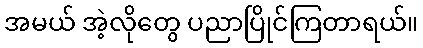
အမယ် အဲ့လိုတွေ ပညာပြိုင်ကြတာရယ်။